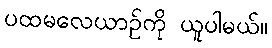
ပထမလေယာဉ်ကို ယူပါမယ်။